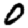
Digit: 0